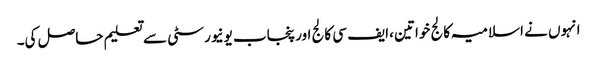
انہوں نے اسلامیہ کالج خواتین ،ایف سی کالج اور پنجاب یونیورسٹی سے تعلیم حاصل کی۔